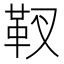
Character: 靫